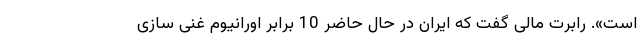
است». رابرت مالی گفت که ایران در حال حاضر 10 برابر اورانیوم غنی سازی